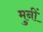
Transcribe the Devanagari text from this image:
मुनीं